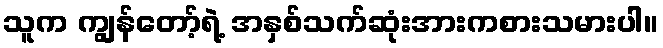
သူက ကျွန်တော့်ရဲ့ အနှစ်သက်ဆုံးအားကစားသမားပါ။